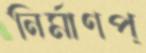
নির্মাণপ্